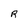
Character: R